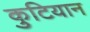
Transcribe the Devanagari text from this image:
कुटियान